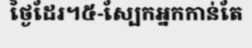
ថ្ងៃដែរ។៥-ស្បែកអ្នកកាន់តែ